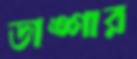
ডাঙ্গার